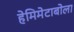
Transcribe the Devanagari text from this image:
हेमिमेटाबोला